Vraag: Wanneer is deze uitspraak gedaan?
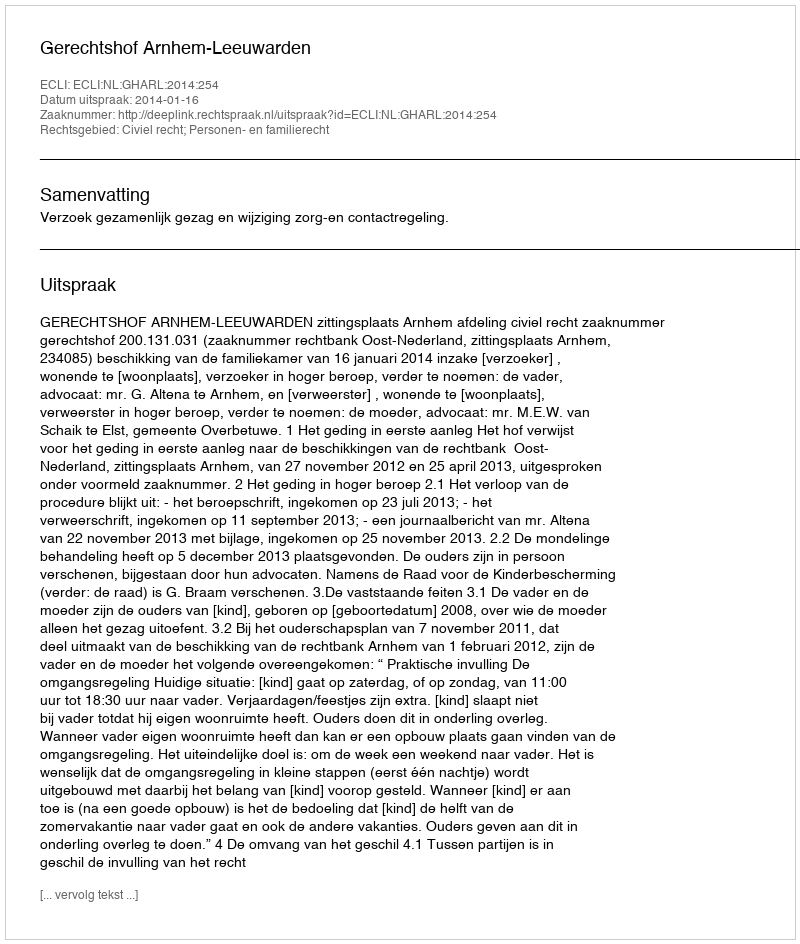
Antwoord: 2014-01-16